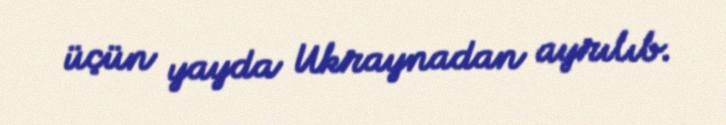
üçün yayda Ukraynadan ayrılıb.